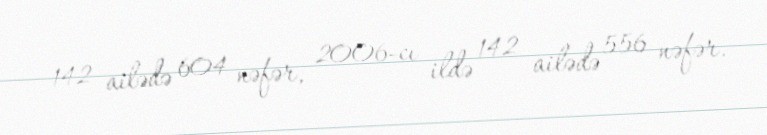
142 ailədə 604 nəfər, 2006-cı ildə 142 ailədə 556 nəfər.